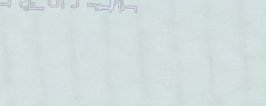
تجاريب و أجهزة طبية متوفر